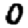
Digit: 0